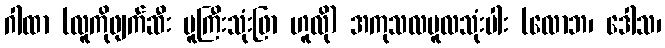
ဂါထာ (လူကိုဖျက်ဆီး မူကြီးသုံးဖြာ ဟူလို) အကုသလမူလသုံးပါး (လောဘ၊ ဒေါသ၊